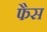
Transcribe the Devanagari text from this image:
फैस